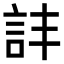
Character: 𧥹